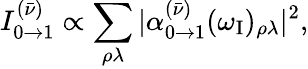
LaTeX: I_{0\to 1}^{(\bar{\nu})}\propto\sum_{\rho\lambda}|\alpha_{0\to 1}^{(\bar{\nu})}(\omega_{\mathrm{I}})_{\rho\lambda}|^{2},